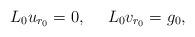
LaTeX: \begin{align*}L_0 u_{r_0} = 0,\ \ \ \ L_0 v_{r_0}= g_0,\end{align*}